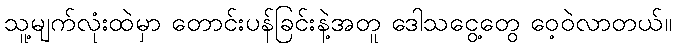
သူ့မျက်လုံးထဲမှာ တောင်းပန်ခြင်းနဲ့အတူ ဒေါသငွေ့တွေ ဝေ့ဝဲလာတယ်။